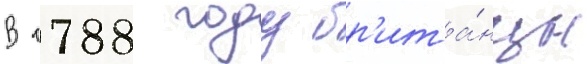
В 1788 году бр'ита́нцы